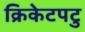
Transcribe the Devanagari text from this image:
क्रिकेटपटु